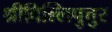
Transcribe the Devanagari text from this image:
श्रीविल्लिपुत्तुर